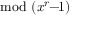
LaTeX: { \mathrm { m o d ~ } } ( x ^ { r } \! \! - \! \! 1 )